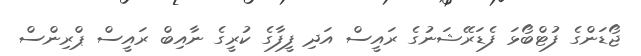
ޖޯޑަންގެ ފުޓްބޯޅަ ފެޑަރޭޝަނުގެ ރައީސް އަދި ފީފާގެ ކުރީގެ ނާއިބް ރައީސް ޕްރިންސް